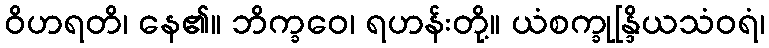
ဝိဟရတိ၊ နေ၏။ ဘိက္ခဝေ၊ ရဟန်းတို့။ ယံစက္ခုန္ဒြိယသံဝရံ၊